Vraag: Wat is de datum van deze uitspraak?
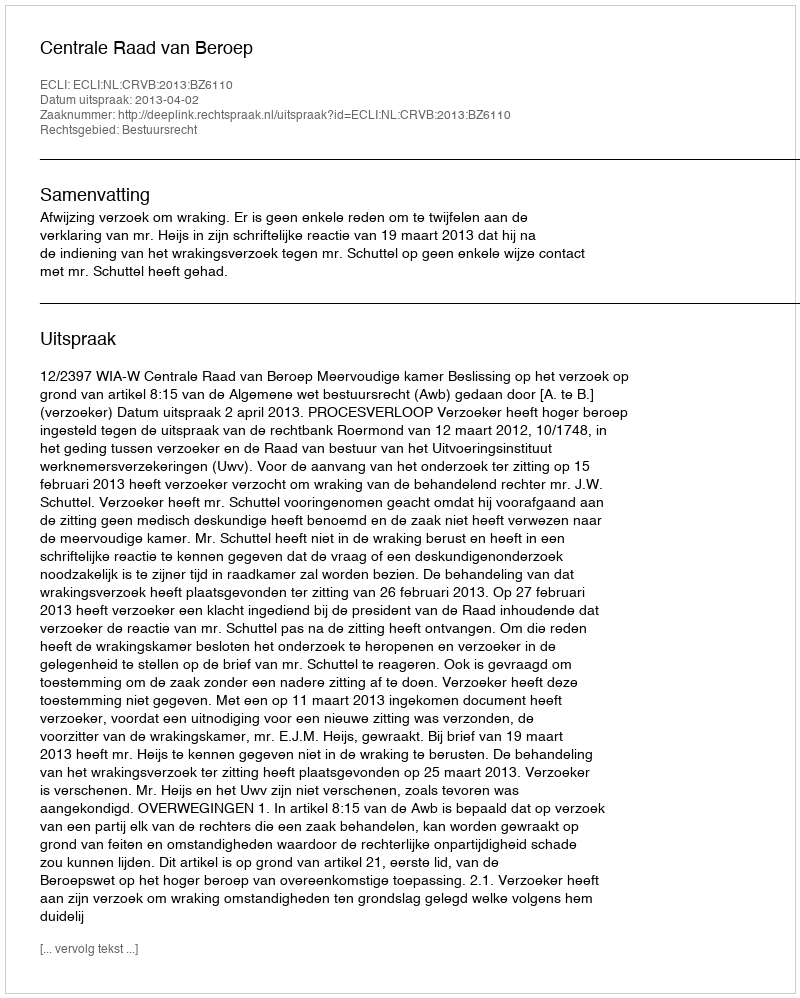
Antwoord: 2013-04-02